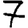
Digit: 7